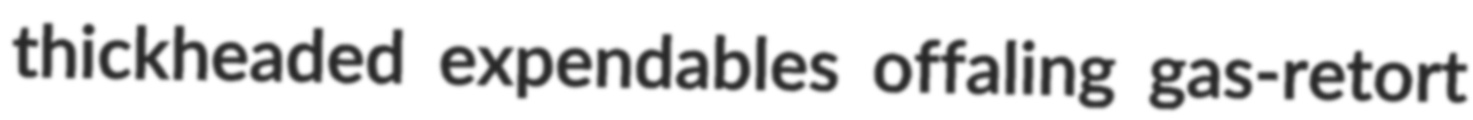
thickheaded expendables offaling gas-retort